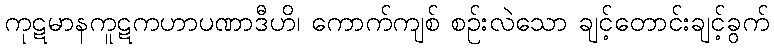
ကုဋမာနကူဋကဟာပဏာဒီဟိ၊ ကောက်ကျစ် စဉ်းလဲသော ချင့်တောင်းချင့်ခွက်